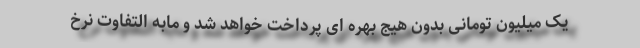
یک میلیون تومانی بدون هیج بهره ای پرداخت خواهد شد و مابه التفاوت نرخ